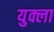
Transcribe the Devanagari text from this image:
युक्ला